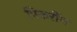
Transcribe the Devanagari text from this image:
पिकरींग